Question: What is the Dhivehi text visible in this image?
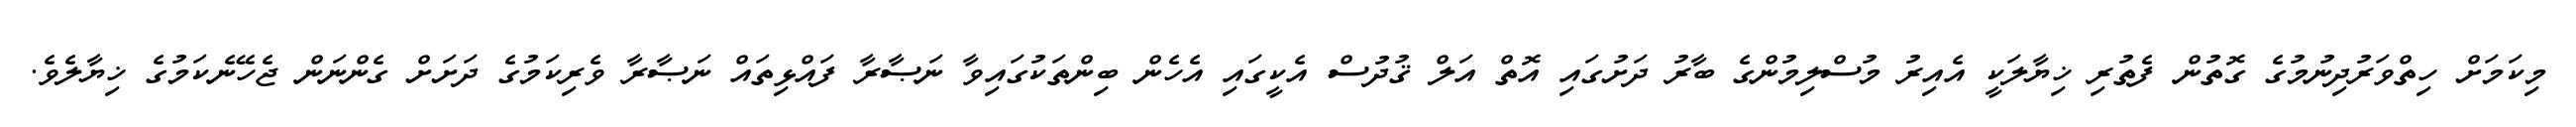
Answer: މިކަމަށް ހިތްވަރުދިނުމުގެ ގޮތުން ފެތުރި ޚިޔާލަކީ އެއިރު މުސްލިމުންގެ ބާރު ދަށުގައި އޮތް އަލް ޤުދުސް އެކީގައި އެހެން ބިންތަކުގައިވާ ނަޞާރާ ފައްޅިތައް ނަޞާރާ ވެރިކަމުގެ ދަށަށް ގެންނަން ޖެހޭނެކަމުގެ ޚިޔާލެވެ.